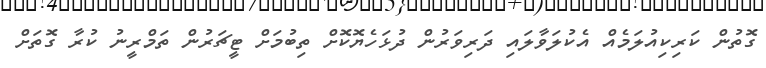
ގޮތުން ކަރިކިއުލަމެއް އެކުލަވާލައި ދަރިވަރުން ދުޅަހެޔޮކޮށް ތިބުމަށް ޓީޗަރުން ތަމްރީނު ކުރާ ގޮތަށް